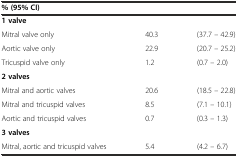
<table><thead><tr><td><b>% (95% CI)</b></td><td>[EMPTY_CELL]</td><td>[EMPTY_CELL]</td></tr></thead><tbody><tr><td><b>1 valve</b></td><td>[EMPTY_CELL]</td><td>[EMPTY_CELL]</td></tr><tr><td>Mitral valve only</td><td>40.3</td><td>(37.7 – 42.9)</td></tr><tr><td>Aortic valve only</td><td>22.9</td><td>(20.7 – 25.2)</td></tr><tr><td>Tricuspid valve only</td><td>1.2</td><td>(0.7 – 2.0)</td></tr><tr><td><b>2 valves</b></td><td>[EMPTY_CELL]</td><td>[EMPTY_CELL]</td></tr><tr><td>Mitral and aortic valves</td><td>20.6</td><td>(18.5 – 22.8)</td></tr><tr><td>Mitral and tricuspid valves</td><td>8.5</td><td>(7.1 – 10.1)</td></tr><tr><td>Aortic and tricuspid valves</td><td>0.7</td><td>(0.3 – 1.3)</td></tr><tr><td><b>3 valves</b></td><td>[EMPTY_CELL]</td><td>[EMPTY_CELL]</td></tr><tr><td>Mitral, aortic and tricuspid valves</td><td>5.4</td><td>(4.2 – 6.7)</td></tr></tbody></table>